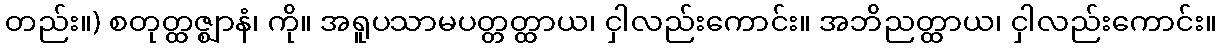
တည်း။) စတုတ္ထဇ္ဈာနံ၊ ကို။ အရူပသာမပတ္တတ္ထာယ၊ ငှါလည်းကောင်း။ အဘိညတ္ထာယ၊ ငှါလည်းကောင်း။